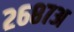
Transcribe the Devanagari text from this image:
२६८७अ